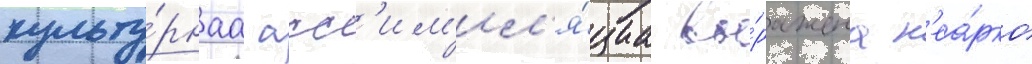
культу́рнаа асс'им'ил'я́циа вы́ражена н'еа́рко